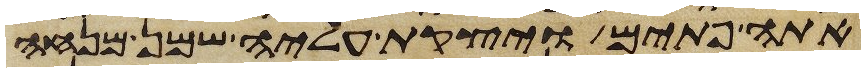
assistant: אתה פתים ויצקת עליה שמן מנחה